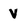
Character: V